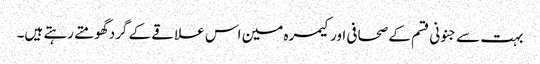
بہت سے جنونی قسم کے صحافی اور کیمرہ مین اس علاقے کے گرد گھومتے رہتے ہیں۔